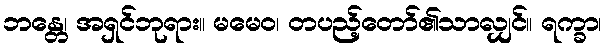
ဘန္တေ၊ အရှင်ဘုရား။ မမေဝ၊ တပည့်တော်၏သာလျှင်။ ရက္ခာ၊